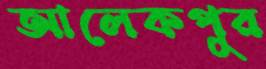
আলেকপুর